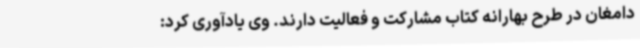
دامغان در طرح بهارانه کتاب مشارکت و فعالیت دارند. وی یادآوری کرد: